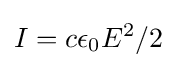
I=c\epsilon _{0}E^{2}/2